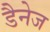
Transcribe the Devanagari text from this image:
डैनेज